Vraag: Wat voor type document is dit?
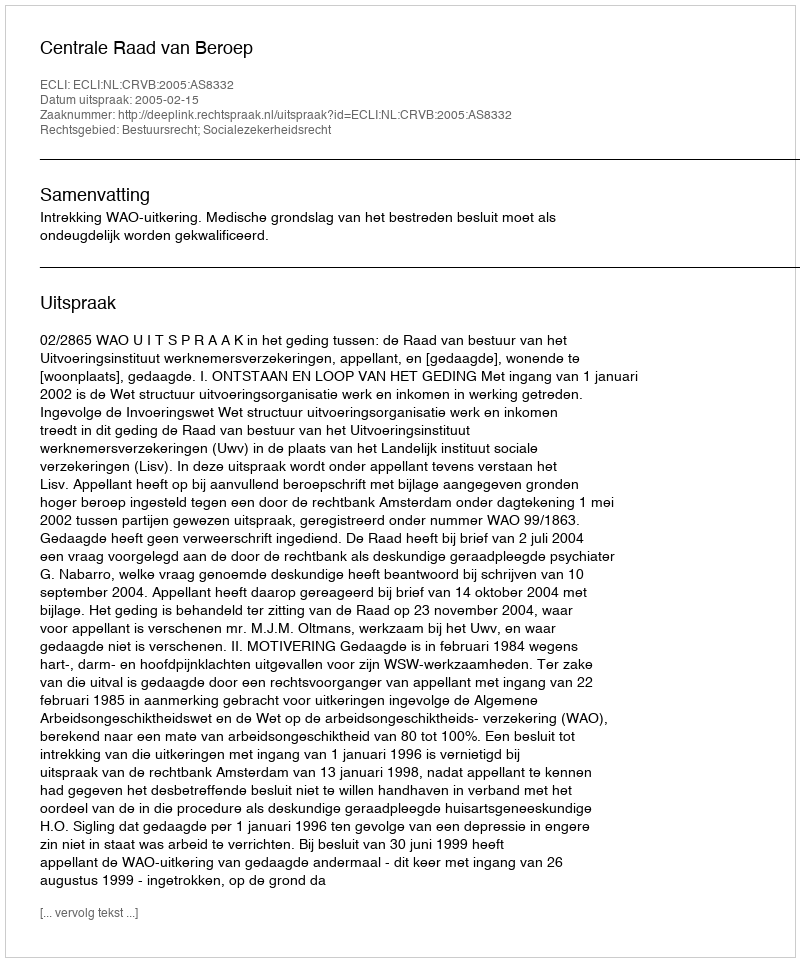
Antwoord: Uitspraak